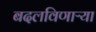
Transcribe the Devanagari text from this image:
बदलविणाऱ्या